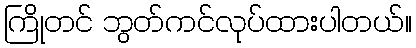
ကြိုတင် ဘွတ်ကင်လုပ်ထားပါတယ်။